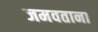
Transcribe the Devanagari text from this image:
जमवताना